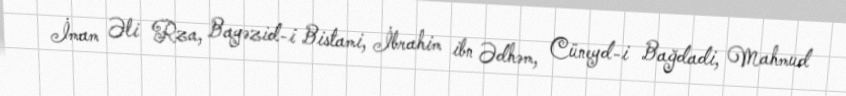
İmam Əli Rza, Bayəzid-i Bistami, İbrahim ibn Ədhəm, Cüneyd-i Bağdadi, Mahmud